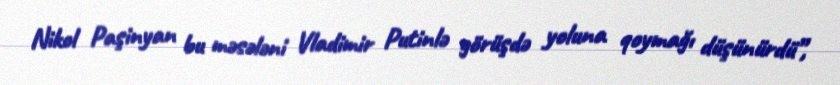
Nikol Paşinyan bu məsələni Vladimir Putinlə görüşdə yoluna qoymağı düşünürdü”,